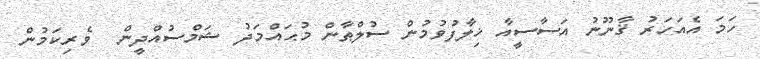
ހަމަ އެއަހަރު ޤާނޫނު އަސާސީއާ ޚިލާފުވުމުން ސުލްޠާން މުޙައްމަދު ޝަމްސުއްދީން  ވެރިކަމުން